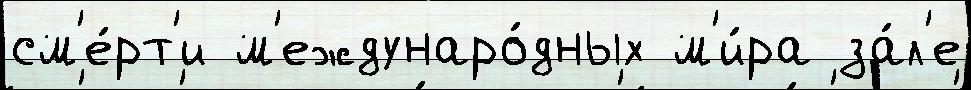
см'е́рт'и м'еждунаро́дных м'и́ра за́л'е